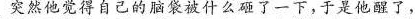
突然他觉得自己的脑袋像被什么砸了一下，于是他醒了，